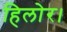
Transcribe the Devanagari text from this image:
हिलोर।